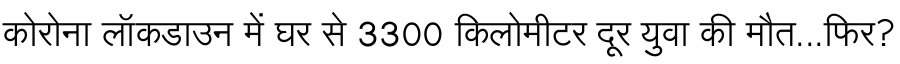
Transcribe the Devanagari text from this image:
कोरोना लॉकडाउन में घर से 3300 किलोमीटर दूर युवा की मौत...फिर?